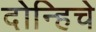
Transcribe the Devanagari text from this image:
दोन्हिचे